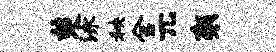
楚泳秧舍兀袈